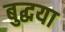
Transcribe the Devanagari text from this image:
बुद्धया